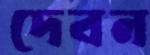
দেবন